Vaccination in Bombay 1856-1862 - 1856-1862
Year: 1856
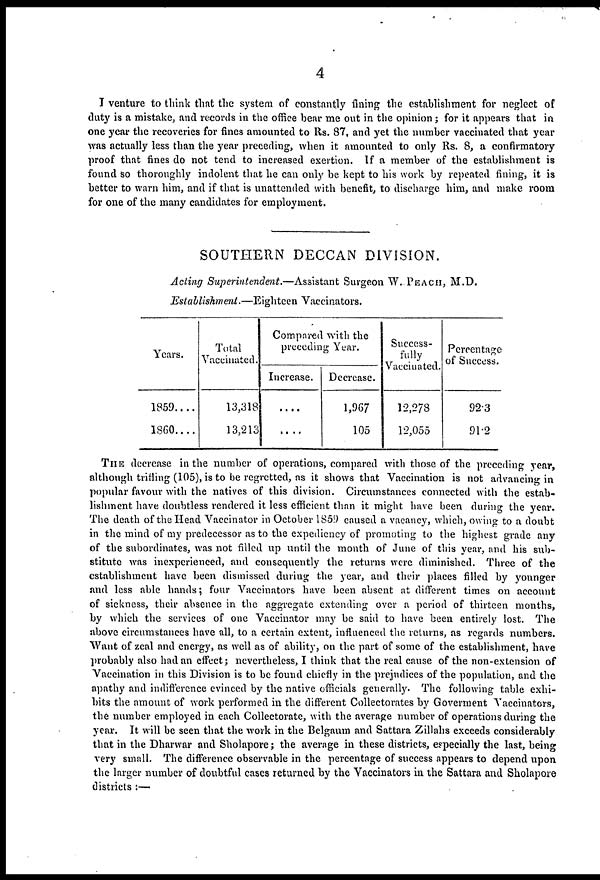
4
I venture to think that the system of constantly fining the establishment for neglect of
duty is a mistake, and records in the office bear me out in the opinion; for it appears that in
one year the recoveries for fines amounted to Rs. 87, and yet the number vaccinated that year
was actually less than the year preceding, when it amounted to only Rs. 8, a confirmatory
proof that fines do not tend to increased exertion. If a member of the establishment is
found so thoroughly indolent that he can only be kept to his work by repeated fining, it is
better to warn him, and if that is unattended with benefit, to discharge him, and make room
for one of the many candidates for employment.
SOUTHERN DECCAN DIVISION.
Acting Superintendent.—Assistant
Surgeon W. PEACH, M.D.
Establishment.—Eighteen
Vaccinators.
Years.
1859 . . . .
1860 . . . .
Total
Vaccinated.
13,318
13,213
Compared with the
preceding Year.
Increase.
....
....
Decrease.
1,967
105
Success-
fully
Vaccinated.
12,278
12,055
Percentage
of Success.
92.3
91.2
THE decrease in the number of operations, compared with those of the preceding year,
although trifling (105), is to be regretted, as it shows that Vaccination is not advancing in
popular favour with the natives of this division. Circumstances connected with the estab-
lishment have doubtless rendered it less efficient than it might have been during the year.
The death of the Head Vaccinator in October 1859 caused a vacancy, which, owing to a doubt
in the mind of my predecessor as to the expediency of promoting to the highest grade any
of the subordinates, was not filled up until the month of June of this year, and his sub-
stitute was inexperienced, and consequently the returns were diminished. Three of the
establishment have been dismissed during the year, and their places filled by younger
and less able hands; four Vaccinators have been absent at different times on account
of sickness, their absence in the aggregate extending over a period of thirteen months,
by which the services of one Vaccinator may be said to have been entirely lost. The
above circumstances have all, to a certain extent, influenced the returns, as regards numbers.
Want of zeal and energy, as well as of ability, on the part of some of the establishment, have
probably also had an effect; nevertheless, I think that the real cause of the non-extension of
Vaccination in this Division is to be found chiefly in the prejudices of the population, and the
apathy and indifference evinced by the native officials generally. The following table exhi-
bits the amount of work performed in the different Collectorates by Goverment Vaccinators,
the number employed in each Collectorate, with the average number of operations during the
year. It will be seen that the work in the Belgaum and Sattara Zillahs exceeds considerably
that in the Dharwar and Sholapore; the average in these districts, especially the last, being
very small. The difference observable in the percentage of success appears to depend upon
the larger number of doubtful cases returned by the Vaccinators in the Sattara and Sholapore
districts :—